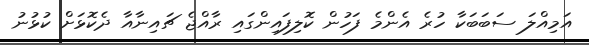
އަމިއްލަ ސަބަބަކާ ހުރެ އެންމެ ފަހުން ކޮލިފައިންގައި ރާއްޖެ ޗައިނާއާ ދެކޮޅަށް ކުޅުނު